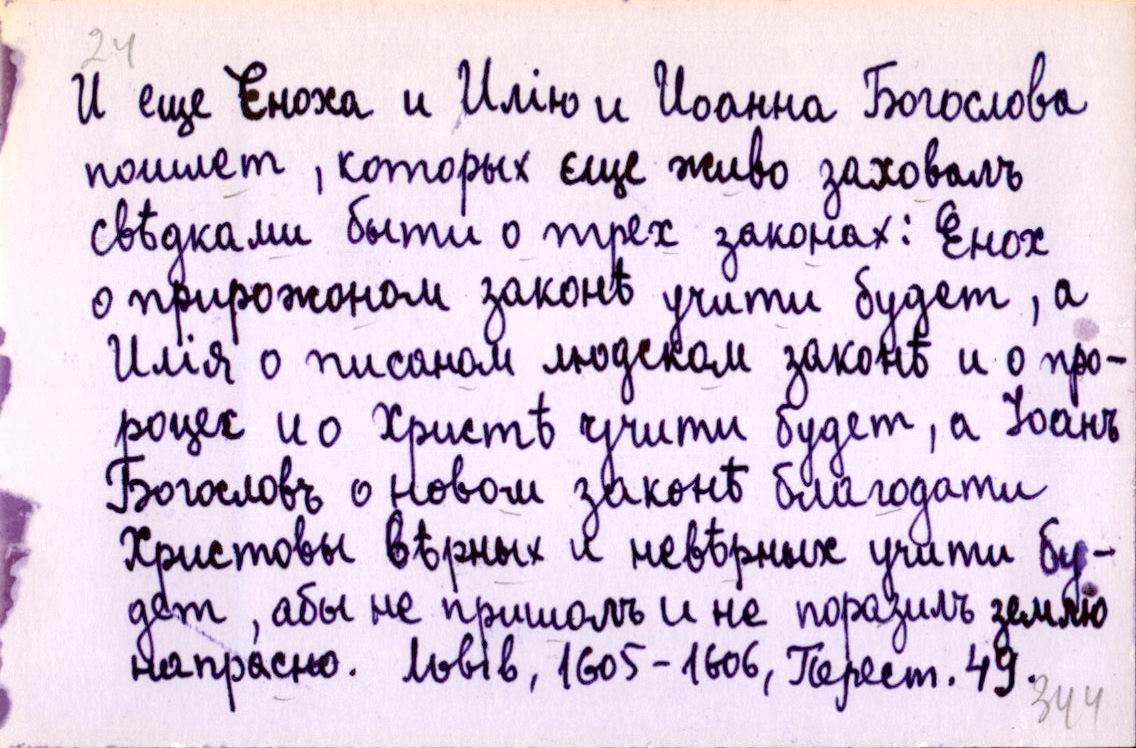
И еще Еноха и Илію и Иоанна Богослова
пошлет, которых єще живо заховалъ
свѣдками быти о трех законах: Енох
о прирожоном законѣ учити будет, а
Илія о писаном людском законѣ и о про-
роцех и о Христѣ учити будет, а Іоанъ
Богословъ о новом законѣ благодати
Христовы вѣрных и невѣрных учити бу-
дет, абы не пришолъ и не поразилъ землю
напрасно. 
Львів, 1605-1606, Перест. 49.